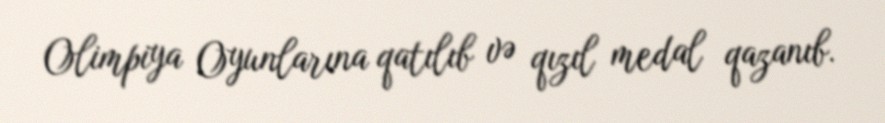
Olimpiya Oyunlarına qatılıb və qızıl medal qazanıb.